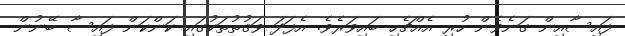
ފައިސާއިން ގަނެވެން ހުރި އެއްޗެހި ބައިވަރެވެ. އެފަދަ ވަޤުތުތަކުގައި ކަންކަން ފައިސާ ބޭނުން